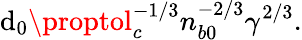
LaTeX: \mathrm{d}_{0}\proptol_{c}^{-1/3}n_{b0}^{-2/3}\gamma^{2/3}.